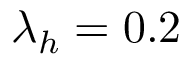
\lambda _ { h } = 0 . 2